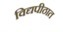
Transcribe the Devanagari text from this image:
विद्यपीठात